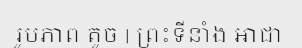
រូបភាព តូច | ព្រះទីនាំង អាជា